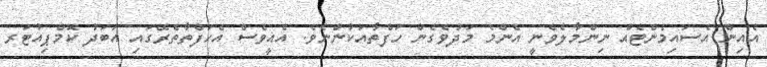
އެއިން އެސައިމެންޓެއް ނިންމާލެވެނީ އެންމެ މަދުވެގެން ހަފްތާއަކުންނެވެ. އެއީވެސް އެހަފްތާތެރޭގައި އަބަދު ކޮމްޕިއުޓަރ